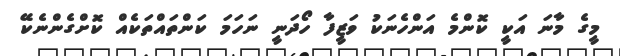
މީގެ މާނަ އަކީ ކޮންމެ އަންހެނަކު ވަޒީފާ ހޯދަނީ ނަހަމަ ކަންތައްތަކެއް ކޮށްގެންނެކޭ